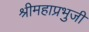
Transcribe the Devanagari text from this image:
श्रीमहाप्रभुजी